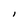
Character: l